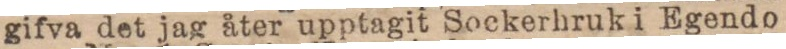
gifva det jag åter upptagit Sockerhruk i Egendo